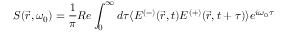
S ( { \vec { r } } , \omega _ { 0 } ) = { \frac { 1 } { \pi } } R e \int _ { 0 } ^ { \infty } d \tau \langle E ^ { ( - ) } ( { \vec { r } } , t ) E ^ { ( + ) } ( { \vec { r } } , t + \tau ) \rangle e ^ { i \omega _ { 0 } \tau }